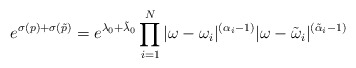
\begin{align*} e^{\sigma(p) + \sigma (\tilde{p})} = e^{\lambda_{0} + \tilde{\lambda}_{0} } \prod_{i=1}^{N} | \omega -\omega_{i}|^{(\alpha_{i} -1)} | \omega - \tilde{\omega}_{i}|^{(\tilde{\alpha}_{i} -1)}\end{align*}